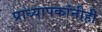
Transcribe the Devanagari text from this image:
प्राध्यापकांनीही